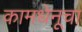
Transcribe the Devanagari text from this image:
कामधेनूचा